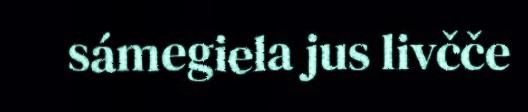
sámegiela jus livčče